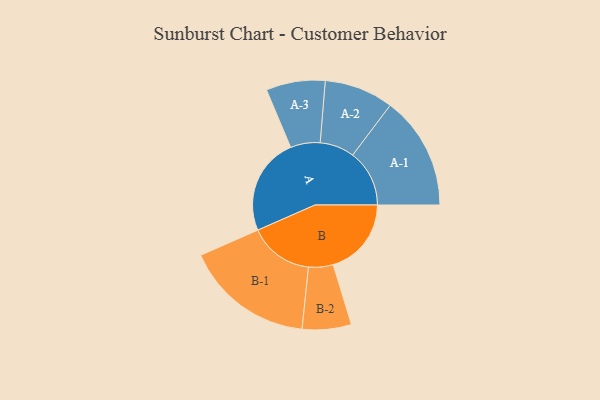
{"axis": {"x": "Segment", "y": "Value"}, "legend": ["", "A", "B"], "data": [{"x": "A", "y": 408, "type": ""}, {"x": "B", "y": 328, "type": ""}, {"x": "A-1", "y": 238, "type": "A"}, {"x": "A-2", "y": 145, "type": "A"}, {"x": "A-3", "y": 124, "type": "A"}, {"x": "B-1", "y": 271, "type": "B"}, {"x": "B-2", "y": 103, "type": "B"}]}